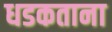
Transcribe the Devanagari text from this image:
धडकताना